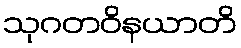
သုဂတဝိနယာတိ